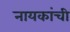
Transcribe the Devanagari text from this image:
नायकांची